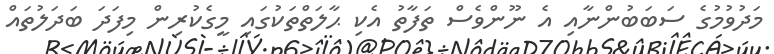
މަދުވުމުގެ ސަބަބުންނާއި އެ ނޫންވެސް ތަފާތު އެކި ޙާލަތްތަކުގައި މީގެކުރިން މިފަދަ ބަދަލުތައް